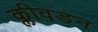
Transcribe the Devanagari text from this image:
क्लीवडन